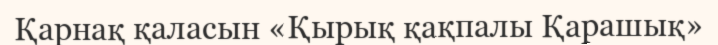
Қарнақ қаласын «Қырық қақпалы Қарашық»